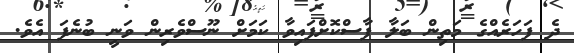
ދެ ފަހަރެއްގެ މަތިން ބަލާ ފާސްކޮށްފައިވާ ކަމަށް ނޫސްވެރިން ވަނީ ބުނެފަ އެވެ.